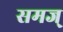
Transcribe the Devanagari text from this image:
समज्